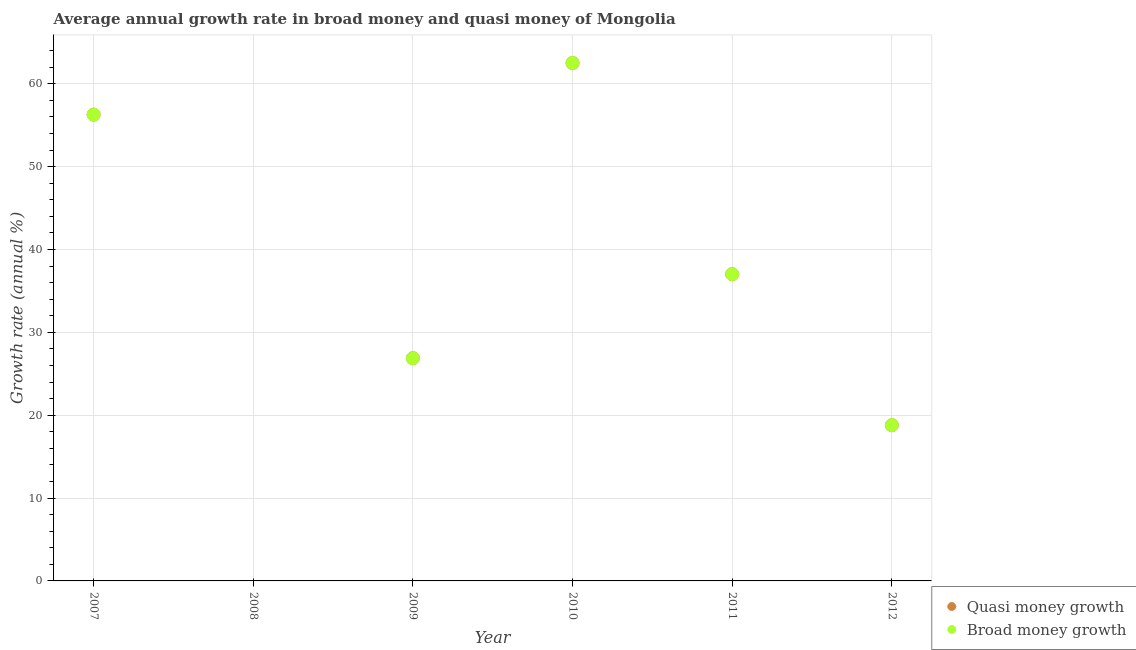
| Year | Quasi money growth | Broad money growth |
 | --- | --- | --- |
 | 2007 | 56.3 | 56.3 |
 | 2008 | -5.47 | -5.47 |
 | 2009 | 26.9 | 26.9 |
 | 2010 | 62.5 | 62.5 |
 | 2011 | 37 | 37 |
 | 2012 | 18.8 | 18.8 |